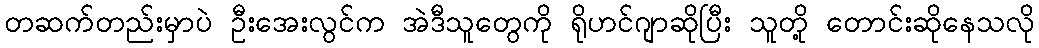
တဆက်တည်းမှာပဲ ဦးအေးလွင်က အဲဒီသူတွေကို ရိုဟင်ဂျာဆိုပြီး သူတို့ တောင်းဆိုနေသလို